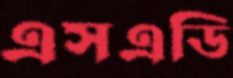
এসএডি